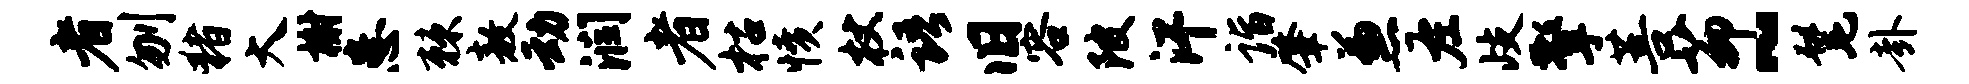
者刎猪大榭患棘敖动润者枯愤杖语旧容陂汗诣肇兼左歧擎菩茆~髦卦